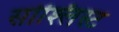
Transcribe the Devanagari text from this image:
सोश्लिस्ट